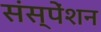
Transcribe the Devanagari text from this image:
संस्पेंशन